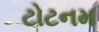
ટોટનમ